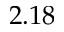
2 . 1 8